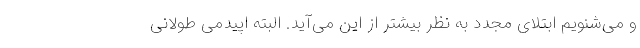
و می‌شنویم ابتلای مجدد به نظر بیشتر از این می‌آید. البته اپیدمی طولانی